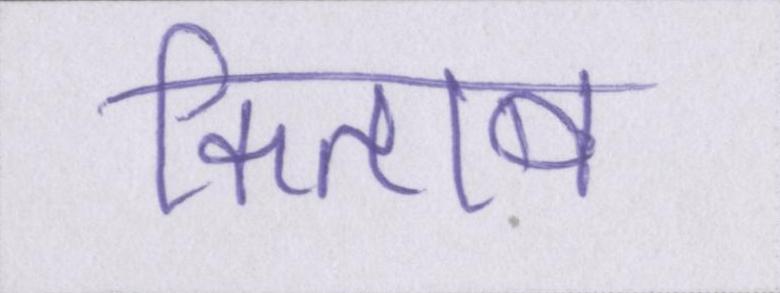
किताब